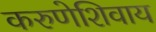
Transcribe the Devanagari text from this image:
करुणेशिवाय